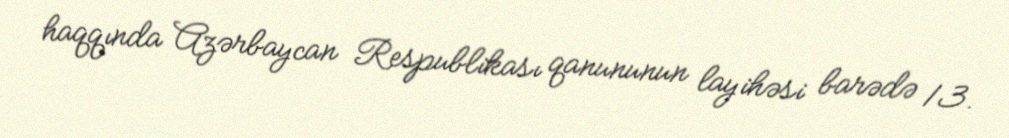
haqqında Azərbaycan Respublikası qanununun layihəsi barədə 13.